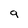
Character: 9